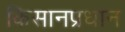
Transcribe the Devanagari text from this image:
किसानप्रधान